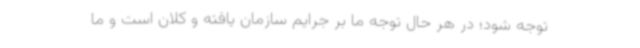
توجه شود؛ در هر حال توجه ما بر جرایم سازمان یافته و کلان است و ما